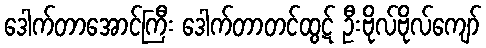
ဒေါက်တာအောင်ကြီး ဒေါက်တာတင်ထွဋ် ဦးဗိုလ်ဗိုလ်ကျော်